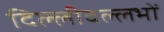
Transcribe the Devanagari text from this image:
दिल्लीवल्लभों